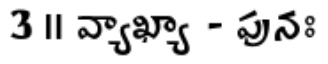
3 ॥ వ్యాఖ్యా - పునః